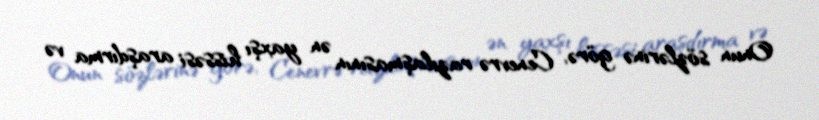
Onun sözlərinə görə, Cenevrə razılaşmasının ən yaxşı hissəsi araşdırma və